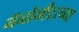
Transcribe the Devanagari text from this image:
नॅनोमीटरच्या